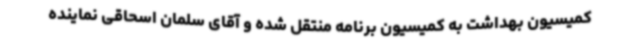
کمیسیون بهداشت به کمیسیون برنامه منتقل شده و آقای سلمان اسحاقی نماینده